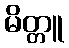
မိတ္တူ